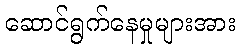
ဆောင်ရွက်နေမှုများအား